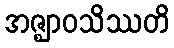
အဇ္ဈာဝသိဿတိ